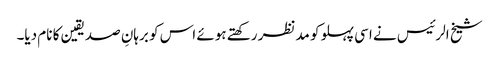
شیخ الرئیس نے اسی پہلو کو مدنظر رکھتے ہوئے اس کو برہانِ صدیقین کا نام دیا۔